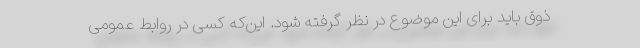
ذوق باید برای این موضوع در نظر گرفته شود. این‌که کسی در روابط عمومی